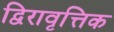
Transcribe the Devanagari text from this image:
द्विरावृत्तिक